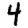
Digit: 4